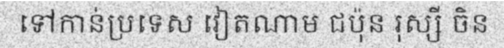
ទៅកាន់ប្រទេស វៀតណាម ជប៉ុន រុស្សី ចិន